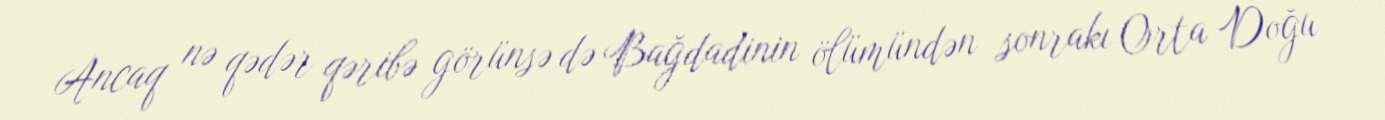
Ancaq nə qədər qəribə görünsə də Bağdadinin ölümündən sonrakı Orta Doğu